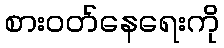
စားဝတ်နေရေးကို